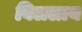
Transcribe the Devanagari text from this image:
बिललाय